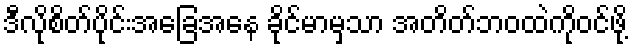
ဒီလိုစိတ်ပိုင်းအခြေအနေ ခိုင်မာမှသာ အတိတ်ဘဝထဲကိုဝင်ဖို့